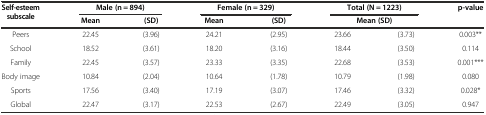
<table><thead><tr><td rowspan="2"><b>Self-esteem subscale</b></td><td colspan="2"><b>Male (n = 894)</b></td><td colspan="2"><b>Female (n = 329)</b></td><td colspan="2"><b>Total (N = 1223)</b></td><td rowspan="2"><b>p-value</b></td></tr><tr><td><b>Mean</b></td><td><b>(SD)</b></td><td><b>Mean</b></td><td><b>(SD)</b></td><td colspan="2"><b>Mean (SD)</b></td></tr></thead><tbody><tr><td>Peers</td><td>22.45</td><td>(3.96)</td><td>24.21</td><td>(2.95)</td><td>23.66</td><td>(3.73)</td><td>0.003**</td></tr><tr><td>School</td><td>18.52</td><td>(3.61)</td><td>18.20</td><td>(3.16)</td><td>18.44</td><td>(3.50)</td><td>0.114</td></tr><tr><td>Family</td><td>22.45</td><td>(3.57)</td><td>23.33</td><td>(3.35)</td><td>22.68</td><td>(3.53)</td><td>0.001***</td></tr><tr><td>Body image</td><td>10.84</td><td>(2.04)</td><td>10.64</td><td>(1.78)</td><td>10.79</td><td>(1.98)</td><td>0.080</td></tr><tr><td>Sports</td><td>17.56</td><td>(3.40)</td><td>17.19</td><td>(3.07)</td><td>17.46</td><td>(3.32)</td><td>0.028*</td></tr><tr><td>Global</td><td>22.47</td><td>(3.17)</td><td>22.53</td><td>(2.67)</td><td>22.49</td><td>(3.05)</td><td>0.947</td></tr></tbody></table>